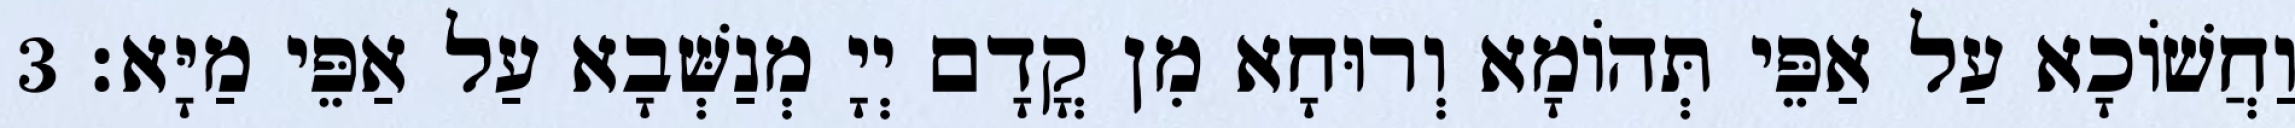
וַחֲשׁוֹכָא עַל אַפֵּי תְּהוֹמָא וְרוּחָא מִן קֳדָם יְיָ מְנַשְּׁבָא עַל אַפֵּי מַיָּא׃ 3